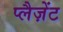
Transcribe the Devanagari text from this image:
प्लैज़ेंट